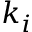
k _ { i }